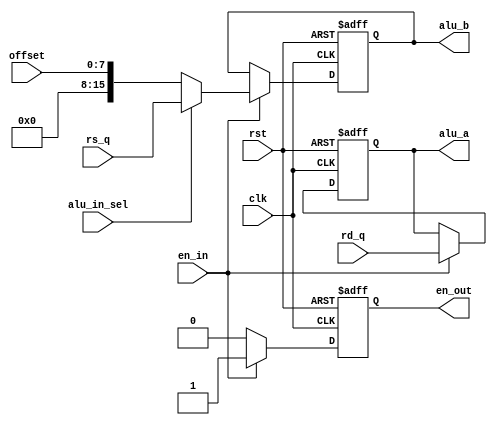
module ALU_mux (
	clk, rst, en_in, offset,
	rd_q, rs_q, alu_in_sel, 
	alu_a, alu_b, en_out
);
	// 
	input [15:0] rd_q, rs_q;
	// 
	input clk, rst, en_in, alu_in_sel;
	// 
	input [7:0] offset;
	// 
	output [15:0] alu_a,alu_b;
	// 
	output en_out;
	// 
	reg [15:0] alu_a,alu_b;
	reg  en_out;

	always @( negedge rst or posedge clk ) 
	begin
	   if(rst ==1'b0)
		// rstalu_a,alu_b0en_out
		begin
			alu_a <= 15'b0;
			alu_b <= 15'b0;
			en_out <= 1'b0;
	   end		
		else	
		begin
			if(en_in == 1'b1)
			// 
			begin
				// en_out
				en_out <= 1'b1;
				// alu_a
				alu_a <= rd_q;
				// alu_in_selalu_b
				if(alu_in_sel == 1'b0)
				begin
					alu_a <= rd_q;
					alu_b <= offset;
				end
				else
				begin
					alu_a <= rd_q;
					alu_b <= rs_q;
				end
			end
			else
			// 
				en_out <= 1'b0;
		end
	end

endmodule